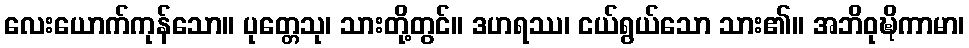
လေးယောက်ကုန်သော။ ပုတ္တေသု၊ သားတို့တွင်။ ဒဟရဿ၊ ငယ်ရွယ်သော သား၏။ အဘိဝုဍ္ဎိကာမာ၊